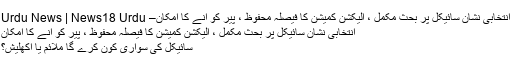
انتخابی نشان سائیکل پر بحث مکمل ، الیکشن کمیشن کا فیصلہ محفوظ ، پیر کو آنے کا امکان– Urdu News | News18 Urdu
انتخابی نشان سائیکل پر بحث مکمل ، الیکشن کمیشن کا فیصلہ محفوظ ، پیر کو آنے کا امکان
سائیکل کی سواری کون کرے گا ملائم یا اکھلیش؟